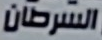
السرطان